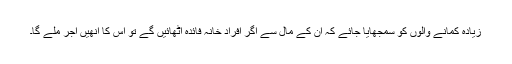
زیادہ کمانے والوں کو سمجھایا جائے کہ ان کے مال سے اگر افرادِ خانہ فائدہ اٹھائیں گے تو اس کا انھیں اجر ملے گا۔